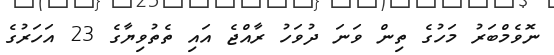
ނޮވެމްބަރު މަހުގެ ތިން ވަނަ ދުވަހު ރާއްޖެ އައި ތެތުވިޔާގެ 23 އަހަރުގެ